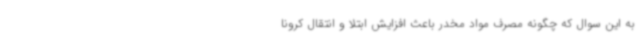
به این سوال که چگونه مصرف مواد مخدر باعث افزایش ابتلا و انتقال کرونا